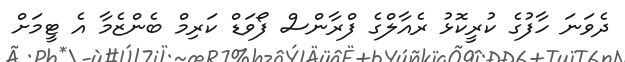
ދެވަނަ ހާފުގެ ކުރީކޮޅު ރެއާލްގެ ފްރާންސް ފޯވަޑް ކަރިމް ބެންޒެމާ އެ ޓީމަށް